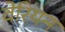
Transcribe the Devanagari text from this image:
वेरियन